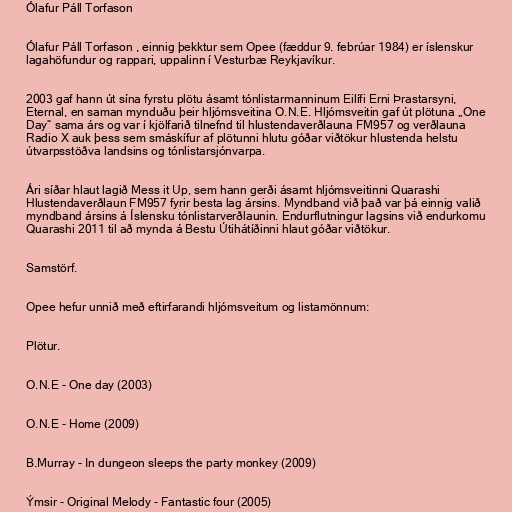
Ólafur Páll Torfason

Ólafur Páll Torfason , einnig þekktur sem Opee (fæddur 9. febrúar 1984) er íslenskur
lagahöfundur og rappari, uppalinn í Vesturbæ Reykjavíkur.

2003 gaf hann út sína fyrstu plötu ásamt tónlistarmanninum Eilífi Erni Þrastarsyni,
Eternal, en saman mynduðu þeir hljómsveitina O.N.E. Hljómsveitin gaf út plötuna „One
Day“ sama árs og var í kjölfarið tilnefnd til hlustendaverðlauna FM957 og verðlauna
Radio X auk þess sem smáskífur af plötunni hlutu góðar viðtökur hlustenda helstu
útvarpsstöðva landsins og tónlistarsjónvarpa.

Ári síðar hlaut lagið Mess it Up, sem hann gerði ásamt hljómsveitinni Quarashi
Hlustendaverðlaun FM957 fyrir besta lag ársins. Myndband við það var þá einnig valið
myndband ársins á Íslensku tónlistarverðlaunin. Endurflutningur lagsins við endurkomu
Quarashi 2011 til að mynda á Bestu Útihátíðinni hlaut góðar viðtökur.

Samstörf.

Opee hefur unnið með eftirfarandi hljómsveitum og listamönnum:

Plötur.

O.N.E - One day (2003)

O.N.E - Home (2009)

B.Murray - In dungeon sleeps the party monkey (2009)

Ýmsir - Original Melody - Fantastic four (2005)